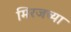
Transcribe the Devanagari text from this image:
मिरजच्या